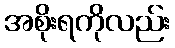
အစိုးရကိုလည်း